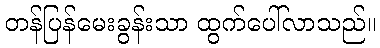
တန်ပြန်မေးခွန်းသာ ထွက်ပေါ်လာသည်။